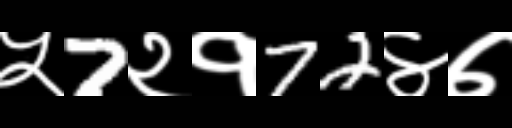
Text: ५7२१72४७